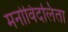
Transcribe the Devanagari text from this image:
मनोविदलिता